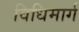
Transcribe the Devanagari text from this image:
विधिमार्ग